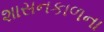
શાસનકાળના